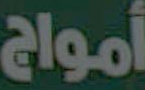
أمواج